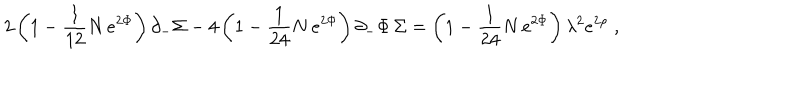
2 \left( 1 - { \frac { 1 } { 1 2 } } N \, e ^ { 2 \Phi } \right) \partial _ { - } \Sigma - 4 \left( 1 - { \frac { 1 } { 2 4 } } N \, e ^ { 2 \Phi } \right) \partial _ { - } \Phi \, \Sigma = \left( 1 - { \frac { 1 } { 2 4 } } N \, e ^ { 2 \Phi } \right) \lambda ^ { 2 } e ^ { 2 \rho } \; ,